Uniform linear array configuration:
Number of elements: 4
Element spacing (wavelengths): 0.5
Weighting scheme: exponential
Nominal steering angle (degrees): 45
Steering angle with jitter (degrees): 45.43
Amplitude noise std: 0.05
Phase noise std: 0.05

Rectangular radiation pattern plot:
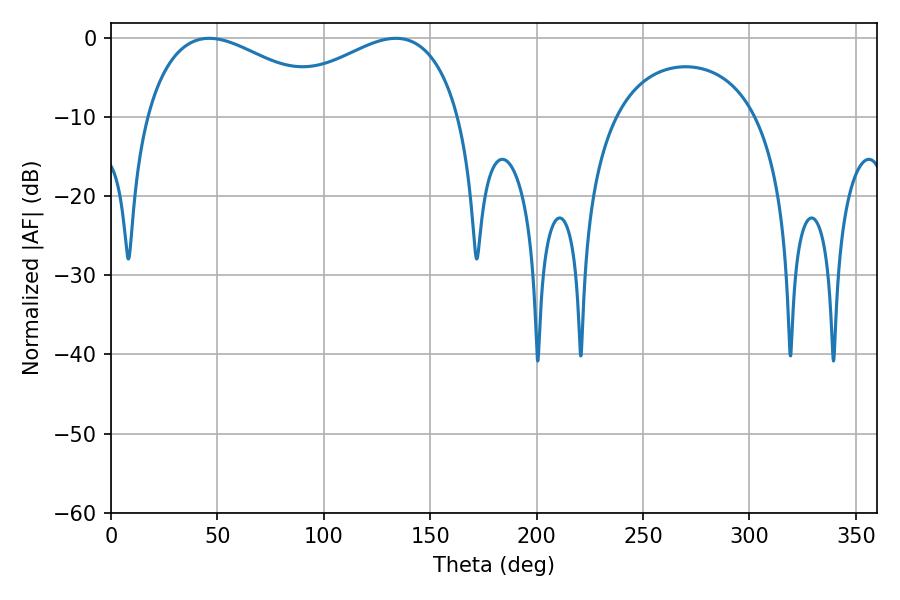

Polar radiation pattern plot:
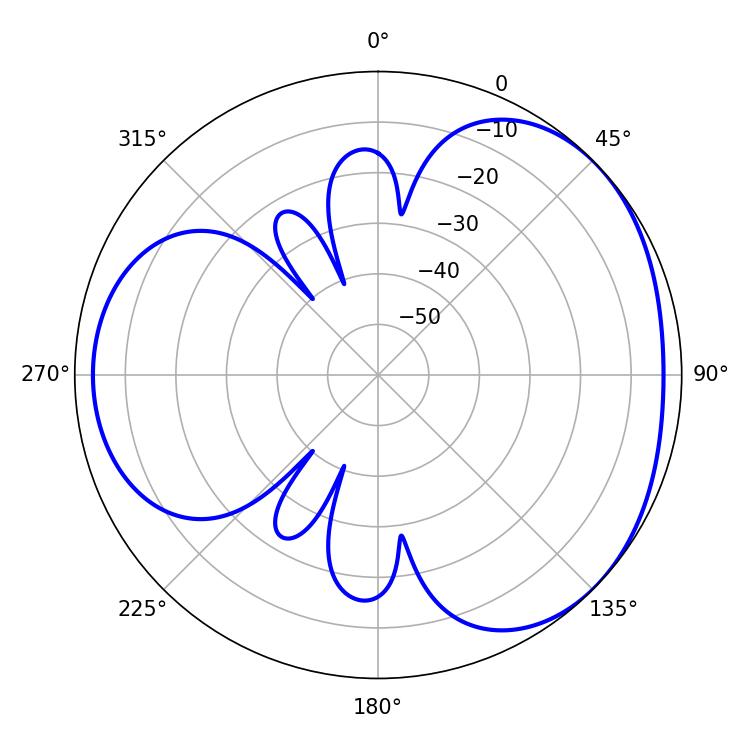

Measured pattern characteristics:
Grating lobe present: FALSE
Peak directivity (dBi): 3.325
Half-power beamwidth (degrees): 49.68
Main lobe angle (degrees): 46.08